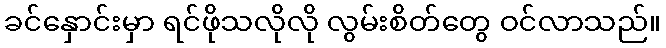
ခင်နှောင်းမှာ ရင်ဖိုသလိုလို လွမ်းစိတ်တွေ ဝင်လာသည်။